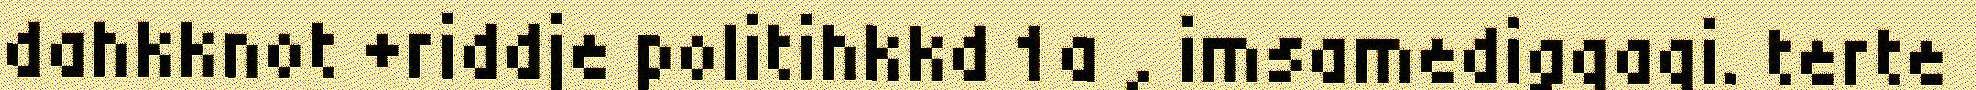
dahkknot +riddje politihkkd 1a , imsamedigqaqi. terte